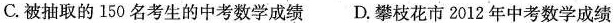
C. 被抽取的 150 名考生的中考数学成绩 D. 攀枝花市 2012 年中考数学成绩